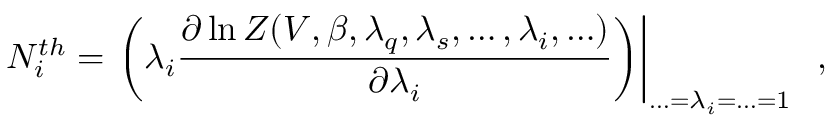
N _ { i } ^ { t h } = \left. \left( \lambda _ { i } \frac { \partial \ln Z ( V , \beta , \lambda _ { q } , \lambda _ { s } , \ldots , \lambda _ { i } , \ldots ) } { \partial \lambda _ { i } } \right) \right| _ { \ldots = \lambda _ { i } = \ldots = 1 } \; \; ,